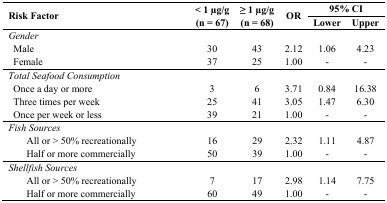
| <ROWSPAN=2> Risk Factor | <ROWSPAN=2> < 1 μg/g(n = 67) | <ROWSPAN=2> ≥ 1 μg/g(n = 68) | <ROWSPAN=2> OR | <COLSPAN=2> 95% CI |
 | Lower | Upper |
 | --- | --- | --- | --- | --- | --- |
 | Gender |  |  |  |  |  |
 | Male | 30 | 43 | 2.12 | 1.06 | 4.23 |
 | Female | 37 | 25 | 1.00 | - | - |
 | <COLSPAN=6> Total Seafood Consumption |
 | Once a day or more | 3 | 6 | 3.71 | 0.84 | 16.38 |
 | Three times per week | 25 | 41 | 3.05 | 1.47 | 6.30 |
 | Once per week or less | 39 | 21 | 1.00 | - | - |
 | <COLSPAN=6> Fish Sources |
 | All or > 50% recreationally | 16 | 29 | 2.32 | 1.11 | 4.87 |
 | Half or more commercially | 50 | 39 | 1.00 | - | - |
 | Shellfish Sources |  |  |  |  |  |
 | All or > 50% recreationally | 7 | 17 | 2.98 | 1.14 | 7.75 |
 | Half or more commercially | 60 | 49 | 1.00 | - | - |